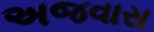
અજવાસ